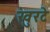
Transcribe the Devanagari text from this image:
खुरटे